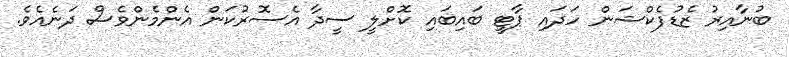
ބުނާއިރު ޒެޑުފެކްޝަން ހަދައި ޕާޓީ ބައިބައި ކޮށްލީ ސީދާ އެސޮރުކަން އެންމެންވެސް ދަނެއެވެ.